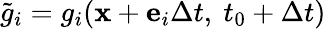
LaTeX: \tilde{g}_{i}=g_{i}(\mathbf{x}+\mathbf{e}_{i}\Delta t,\ t_{0}+\Delta t)